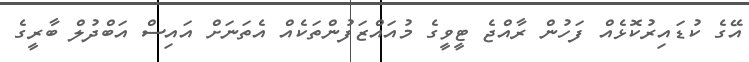
އޭގެ ކުޑައިރުކޮޅެއް ފަހުން ރާއްޖެ ޓީވީގެ މުއައްޒަފުންތަކެއް އެތަނަށް އައިސް އަބްދުލް ބާރީގެ